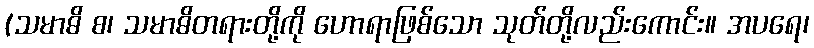
(သမာဓိ စ၊ သမာဓိတရားတို့ကို ဟောရာဖြစ်သော သုတ်တို့လည်းကောင်း။ အပရေ၊